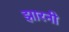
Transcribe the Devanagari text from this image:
झारनी